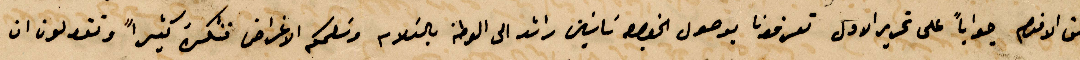
التي الاقدم جوابًا على تحرير الأول تعرفونا بوصول %% ساسين رائد الى الوطن بالسلام وسلمكم الأغراض فشكر كثيرًا وتقولون ان